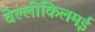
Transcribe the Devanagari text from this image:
वेल्लीकिलमई